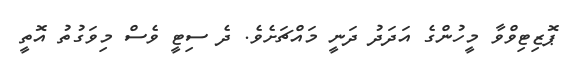
ޕޮޒިޓިވްވާ މީހުންގެ އަދަދު ދަނީ މައްޗަށެވެ. ދެ ސިޓީ ވެސް މިވަގުތު އޮތީ